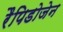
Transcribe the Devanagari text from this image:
रैपिडोजेन